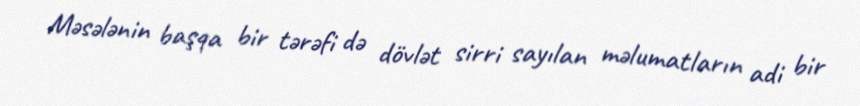
Məsələnin başqa bir tərəfi də dövlət sirri sayılan məlumatların adi bir